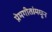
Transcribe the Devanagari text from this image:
प्रेमगीतांमधून